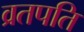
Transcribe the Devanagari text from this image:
व्रतपति